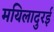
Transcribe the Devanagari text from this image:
मयिलादुरई